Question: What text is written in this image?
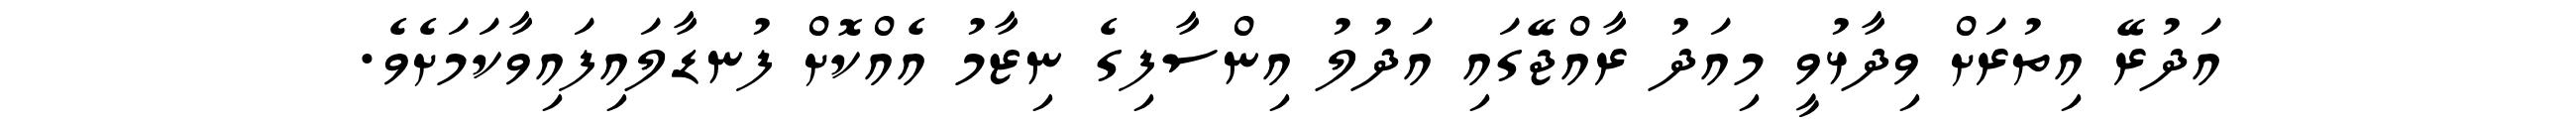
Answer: އަދުރޭ އިތުރަށް ވިދާޅުވީ މިއަދު ރާއްޖޭގައި އަދުލު އިންސާފިގެ ނިޒާމު އެއްކޮށް ފުނޑާލައިފައިވާކަމަށެވެ.